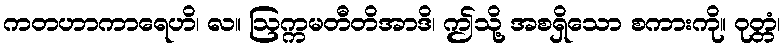
ကတဟာကာရေဟိ၊ လ။ ဩက္ကမတီတိအာဒိ၊ ဤသို့ အစရှိသော စကားကို။ ဝုတ္တံ၊